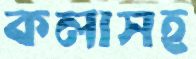
কলাসহ